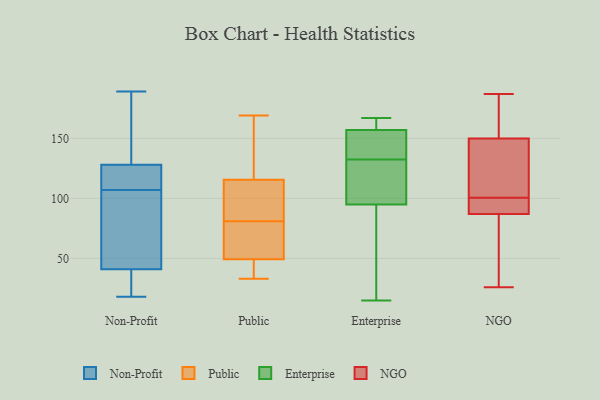
{"axis": {"x": "Satisfaction Score", "y": "Value"}, "legend": ["Enterprise", "NGO", "Non-Profit", "Public"], "data": [{"x": "", "y": 128, "type": "Non-Profit"}, {"x": "", "y": 41, "type": "Non-Profit"}, {"x": "", "y": 125, "type": "Non-Profit"}, {"x": "", "y": 18, "type": "Non-Profit"}, {"x": "", "y": 39, "type": "Non-Profit"}, {"x": "", "y": 67, "type": "Non-Profit"}, {"x": "", "y": 189, "type": "Non-Profit"}, {"x": "", "y": 143, "type": "Non-Profit"}, {"x": "", "y": 25, "type": "Non-Profit"}, {"x": "", "y": 67, "type": "Non-Profit"}, {"x": "", "y": 41, "type": "Non-Profit"}, {"x": "", "y": 118, "type": "Non-Profit"}, {"x": "", "y": 99, "type": "Non-Profit"}, {"x": "", "y": 115, "type": "Non-Profit"}, {"x": "", "y": 132, "type": "Non-Profit"}, {"x": "", "y": 123, "type": "Non-Profit"}, {"x": "", "y": 165, "type": "Non-Profit"}, {"x": "", "y": 24, "type": "Non-Profit"}, {"x": "", "y": 65, "type": "Public"}, {"x": "", "y": 52, "type": "Public"}, {"x": "", "y": 81, "type": "Public"}, {"x": "", "y": 41, "type": "Public"}, {"x": "", "y": 161, "type": "Public"}, {"x": "", "y": 38, "type": "Public"}, {"x": "", "y": 129, "type": "Public"}, {"x": "", "y": 111, "type": "Public"}, {"x": "", "y": 82, "type": "Public"}, {"x": "", "y": 33, "type": "Public"}, {"x": "", "y": 57, "type": "Public"}, {"x": "", "y": 111, "type": "Public"}, {"x": "", "y": 169, "type": "Public"}, {"x": "", "y": 154, "type": "Enterprise"}, {"x": "", "y": 139, "type": "Enterprise"}, {"x": "", "y": 84, "type": "Enterprise"}, {"x": "", "y": 160, "type": "Enterprise"}, {"x": "", "y": 75, "type": "Enterprise"}, {"x": "", "y": 164, "type": "Enterprise"}, {"x": "", "y": 120, "type": "Enterprise"}, {"x": "", "y": 135, "type": "Enterprise"}, {"x": "", "y": 15, "type": "Enterprise"}, {"x": "", "y": 130, "type": "Enterprise"}, {"x": "", "y": 167, "type": "Enterprise"}, {"x": "", "y": 106, "type": "Enterprise"}, {"x": "", "y": 26, "type": "NGO"}, {"x": "", "y": 43, "type": "NGO"}, {"x": "", "y": 88, "type": "NGO"}, {"x": "", "y": 112, "type": "NGO"}, {"x": "", "y": 185, "type": "NGO"}, {"x": "", "y": 70, "type": "NGO"}, {"x": "", "y": 150, "type": "NGO"}, {"x": "", "y": 105, "type": "NGO"}, {"x": "", "y": 187, "type": "NGO"}, {"x": "", "y": 163, "type": "NGO"}, {"x": "", "y": 97, "type": "NGO"}, {"x": "", "y": 79, "type": "NGO"}, {"x": "", "y": 162, "type": "NGO"}, {"x": "", "y": 103, "type": "NGO"}, {"x": "", "y": 127, "type": "NGO"}, {"x": "", "y": 98, "type": "NGO"}, {"x": "", "y": 87, "type": "NGO"}, {"x": "", "y": 91, "type": "NGO"}]}